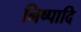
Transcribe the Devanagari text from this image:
निष्पादि